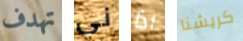
تهدف ني اذا كريشنا